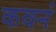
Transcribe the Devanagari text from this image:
कवनं